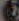
.